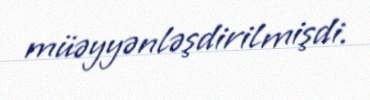
müəyyənləşdirilmişdi.